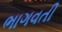
ભાગવતી